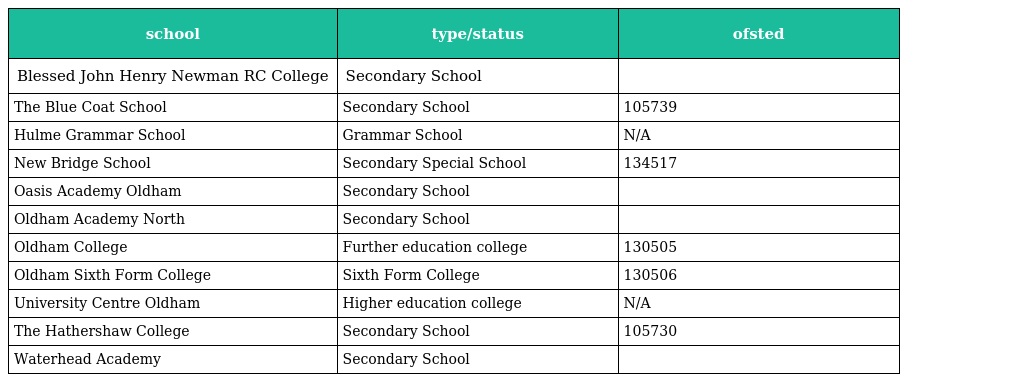
| school | type/status | ofsted |
 | --- | --- | --- |
 | Blessed John Henry Newman RC College | Secondary School |  |
 | The Blue Coat School | Secondary School | 105739 |
 | Hulme Grammar School | Grammar School | N/A |
 | New Bridge School | Secondary Special School | 134517 |
 | Oasis Academy Oldham | Secondary School |  |
 | Oldham Academy North | Secondary School |  |
 | Oldham College | Further education college | 130505 |
 | Oldham Sixth Form College | Sixth Form College | 130506 |
 | University Centre Oldham | Higher education college | N/A |
 | The Hathershaw College | Secondary School | 105730 |
 | Waterhead Academy | Secondary School |  |